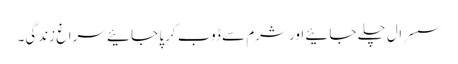
سسرال چلے جائیے اور شرم سے ڈوب کر پا جائیے سراغِ زندگی۔